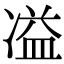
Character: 𭂚